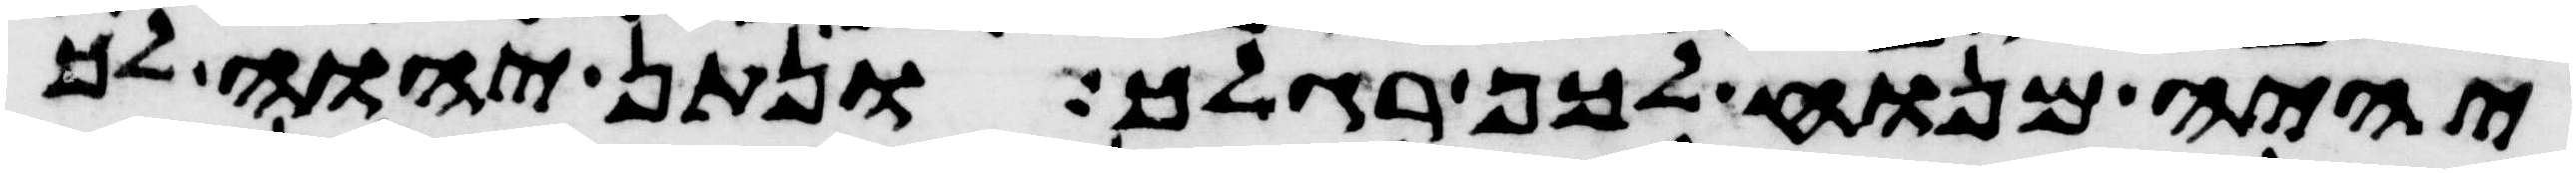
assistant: יהיה מנוח לכף רגלך ונתן יהוה לך